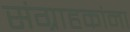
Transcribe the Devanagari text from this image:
संग्राहकांना